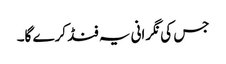
جس کی نگرانی یہ فنڈ کرے گا۔